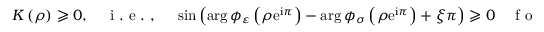
K \left( \rho \right) \geqslant 0 , \quad \mathrm { ~ i ~ . ~ e ~ . ~ , ~ } \quad \sin \left( \arg \phi _ { \varepsilon } \left( \rho \mathrm { e } ^ { \mathrm { i } \pi } \right) - \arg \phi _ { \sigma } \left( \rho \mathrm { e } ^ { \mathrm { i } \pi } \right) + \xi \pi \right) \geqslant 0 \quad \mathrm { ~ f ~ o ~ r ~ } \quad \rho \geqslant 0 ,